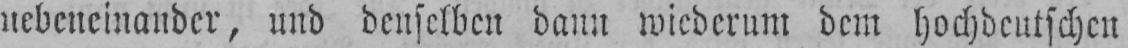
nebeneinander, und denselben dann wiederum dem hochdeutschen